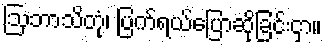
ဩဘာသိတုံ၊ ပြက်ရယ်ပြောဆိုခြင်းငှာ။